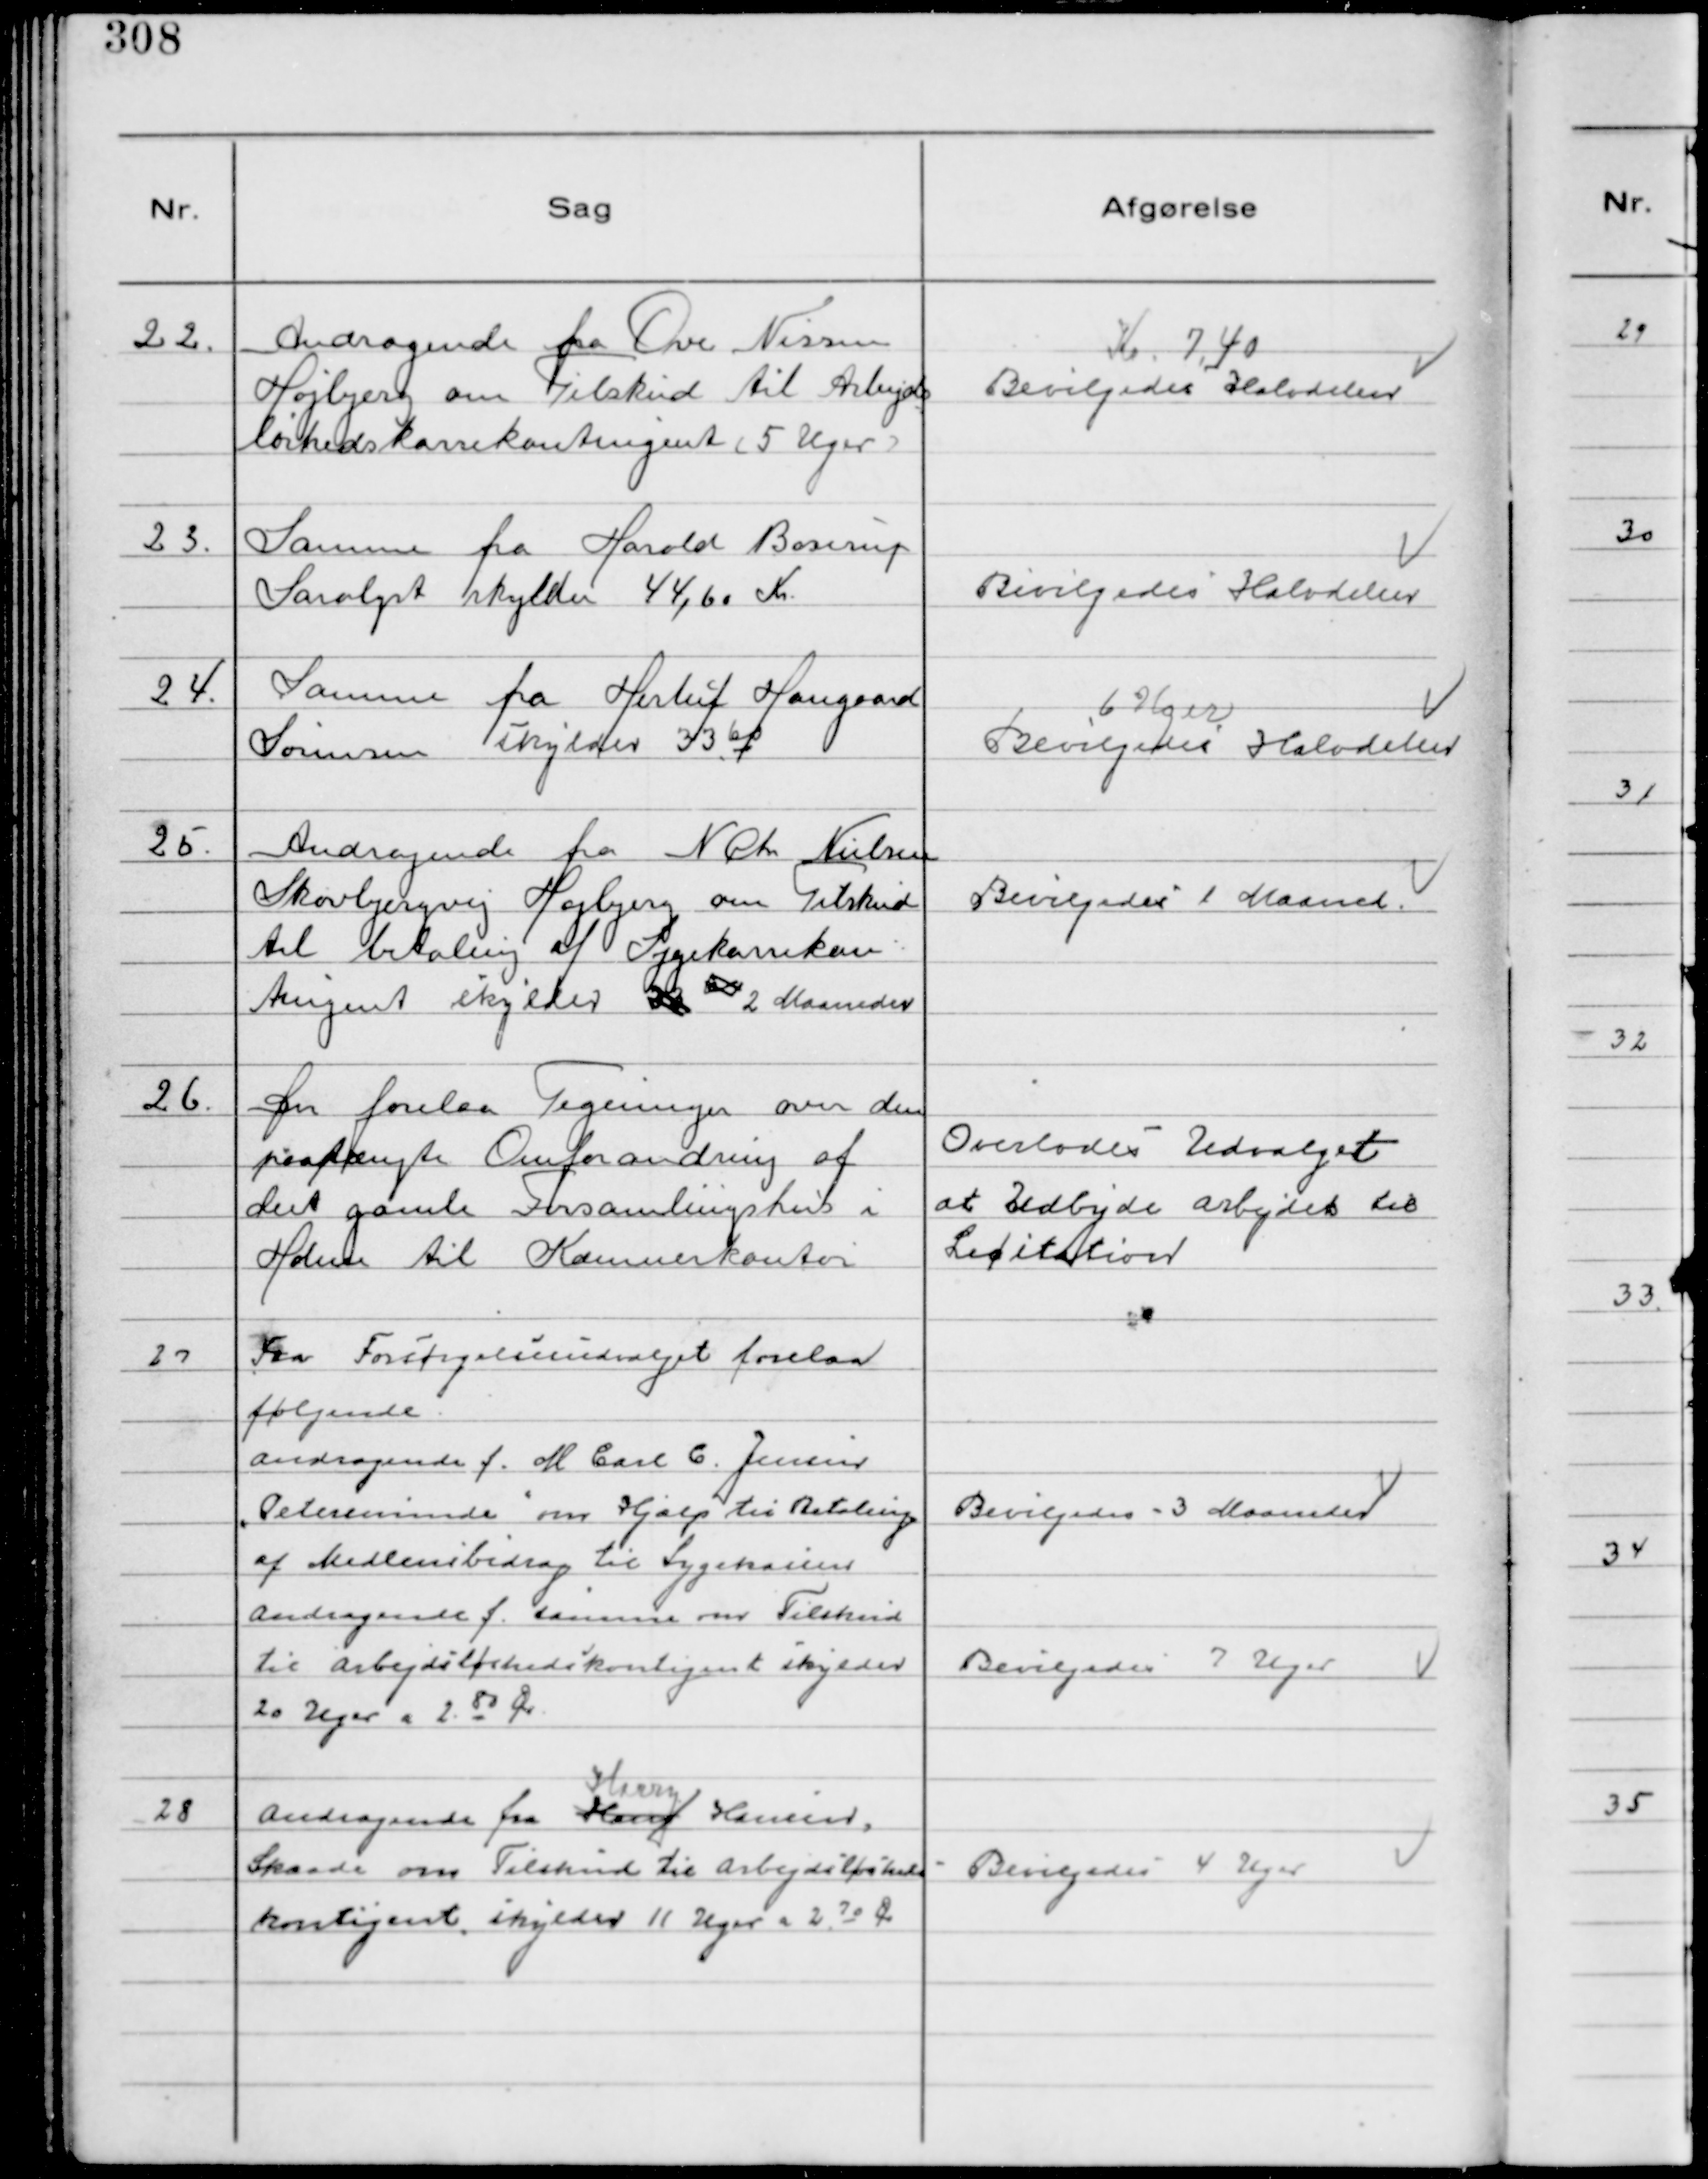
Transskription:
22.
Andragende fra Ove Nissen
Højbjerg om Tilskud til Arbejds
løshedskassekontingent (5uger)

Kr. 7,40
Bevilgedes Halvdelen

23.
Samme fra Harald Boserup
Saralyst skylder 44,60 Kr.

Bevilgedes Halvdelen

24.
Samme fra Herluf Haugaard
Sørensen skylder 33 60

6 Uger
Bevilgedes Halvdelen

25.
Andragende fra N Chr Nielsen
Skovbjergvej Højbjerg om Tilskud
til betaling af Sygekassekon-
tingent skylder 32 60 2 Maaneder

Bevilgedes 1 Maaned

26.
Der forelaa Tegninger over den
paatrængte Omforandring af
det gamle Forsamlingshus i
Holme til Kæmnerkontor

Overlodes Udvalget
at Udbyde arbejdet til
Licitation

27
Fra Forsørgelsesudvalget forelaa
følgende
Andragende f. M Carl C. Jensen
"Petersminde" om Hjælp til Betaling
af Medlemsbidrag til Sygekassen
Andragende f. samme om Tilskud
til Arbejdsløshedskontigent skylder
20 Uger a 2 80 Ør.

Bevilgedes 3 Maaneder
Bevilgedes 7 Uger

28
Andragende fra Hary
Harry
Hansen,
Skaade om Tilskud til Arbejdsløsheds-
kontigent skylder 11 Uger a 2 70 Ør.

Bevilgedes 4 Uger